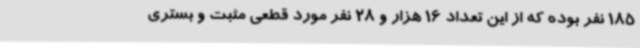
185 نفر بوده که از این تعداد 16 هزار و 28 نفر مورد قطعی مثبت و بستری